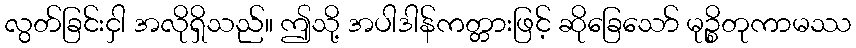
လွတ်ခြင်းငှါ အလိုရှိသည်။ ဤသို့ အပါဒါန်ကတ္တားဖြင့် ဆိုခြေသော် မုဉ္စိတုကာမဿ